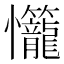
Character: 𭟬